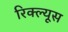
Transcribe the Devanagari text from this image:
रिक्ल्यूस